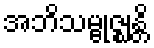
အဘိသမ္ဗုဇ္ဈန္တိ